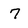
Character: 7